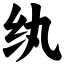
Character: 纨